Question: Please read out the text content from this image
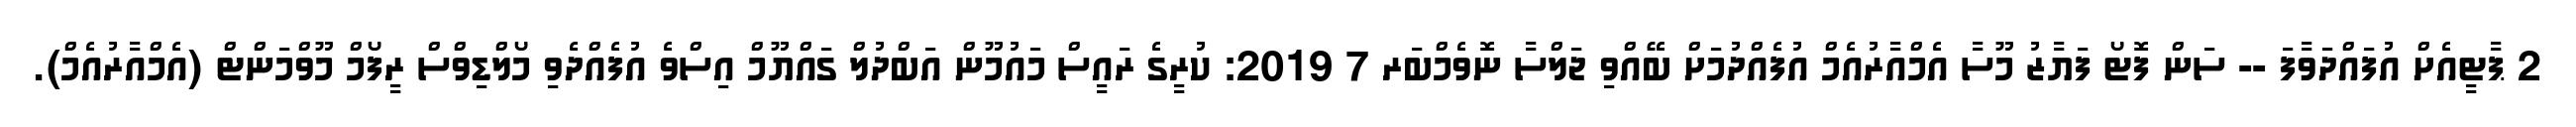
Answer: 2 ޕާޓީއެށް އުފައްދަވާފަ -- ސަން ފޮޓޯ ފަޔާޒު މޫސާ އެމްއާރުއެމް އުފެއްދުމަށް ބޭއްވި ޖަލްސާ ނޮވެމްބަރ 7 2019: ކުރީގެ ރައީސް މައުމޫން އަބްދުލް ގައްޔޫމް އިސްވެ އުފެއްދެވި މޯލްޑިވްސް ރީފޯމް މޫވްމަންޓް (އެމްއާރުއެމް).